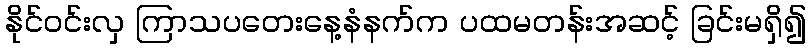
နိုင်ဝင်းလှ ကြာသပတေးနေ့နံနက်က ပထမတန်းအဆင့် ခြင်းမရှိ၍